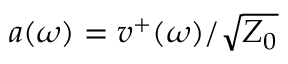
a ( \omega ) = v ^ { + } ( \omega ) / \sqrt { Z _ { 0 } }